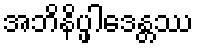
အဘိနိပ္ဖါဒေန္တဿ